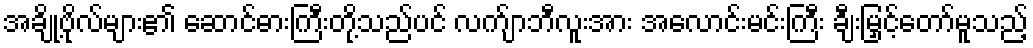
အချို့ဗိုလ်များ၏ ဆောင်ဓားကြီးတို့သည်ပင် လက်ျာဘီလူးအား အလောင်းမင်းကြီး ချီးမြှင့်တော်မူသည့်